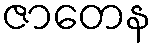
ဇာတေန